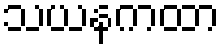
သယနကထာ